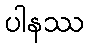
ပါနဿ